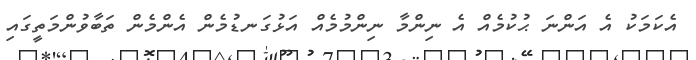
އެކަމަކު އެ އަންނަ ޙުކުމެއް އެ ނިންމާ ނިންމުމެއް އަޅުގަނޑުމެން އެންމެން ތަބާވުންމަތީގައި